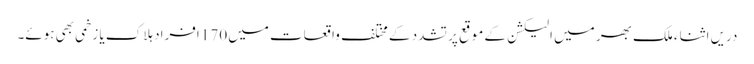
دریں اثناء ملک بھر میں الیکشن کے موقع پر تشدد کے مختلف واقعات میں 170 افراد ہلاک یا زخمی بھی ہوئے۔